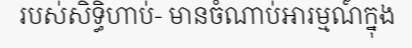
របស់សិទ្ធិហាប់- មានចំណាប់អារម្មណ៍ក្នុង